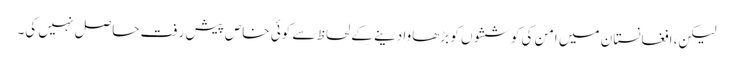
لیکن، افغانستان میں امن کی کوششوں کو بڑھاوا دینے کے لحاظ سے کوئی خاص پیش رفت حاصل نہیں کی۔